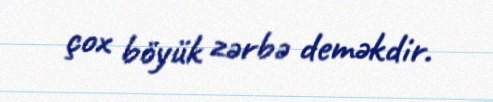
çox böyük zərbə deməkdir.